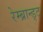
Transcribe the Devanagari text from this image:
रेम्ब्रान्ड्ट